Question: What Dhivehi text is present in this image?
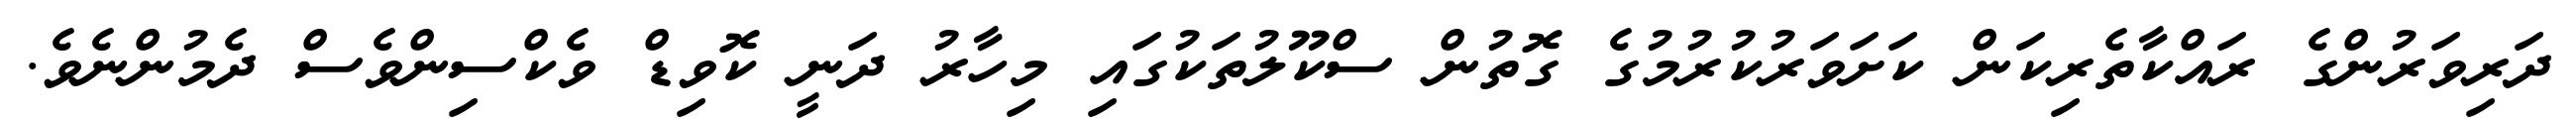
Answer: ދަރިވަރުންގެ ރައްކާތެރިކަން ކަށަވަރުކުރުމުގެ ގޮތުން ސްކޫލުތަކުގައި މިހާރު ދަނީ ކޮވިޑް ވެކްސިންވެސް ދެމުންނެވެ.